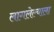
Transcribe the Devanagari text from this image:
लागलेल्याला